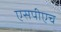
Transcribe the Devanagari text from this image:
एसपीएच